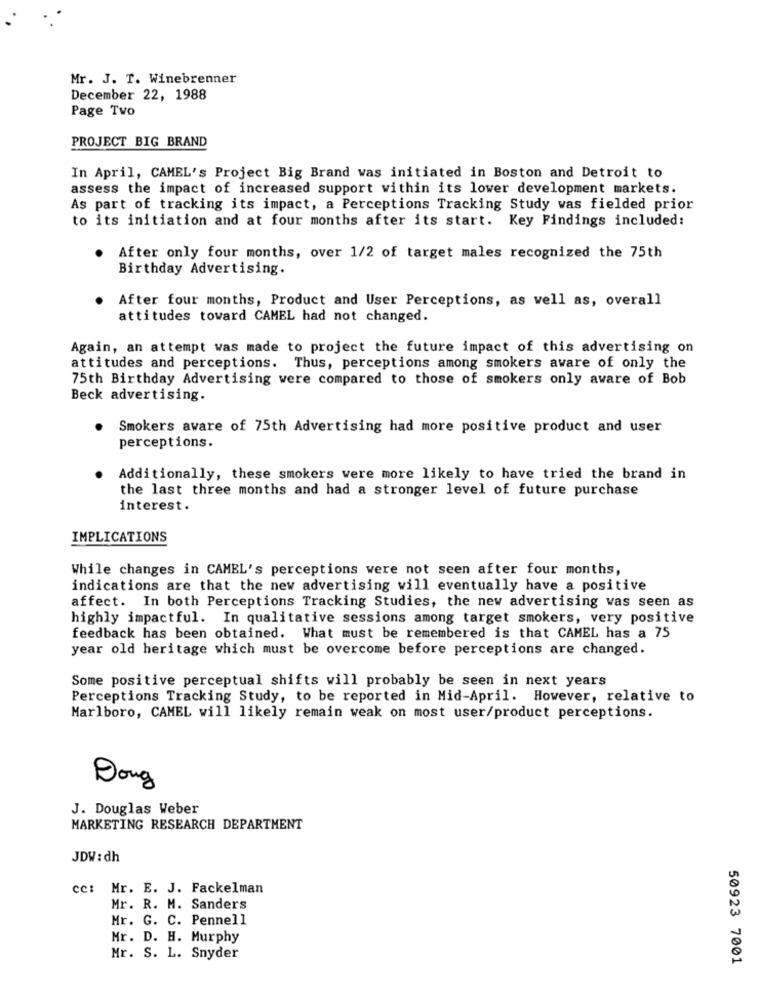
Mr. J. T. Winebrenner
December 22, 1988
Page Two
PROJECT BIG BRAND
In April, CAMEL's Project Big Brand was initiated in Boston and Detroit to
assess the impact of increased support within its lower development markets.
As part of tracking its impact, a Perceptions Tracking Study was fielded prior
to its initiation and at four months after its start. Key Findings included:
After only four months, over 1/2 of target males recognized the 75th
Birthday Advertising.
After four months, Product and User Perceptions, as well as, overall
attitudes toward CAMEL had not changed.
Again, an attempt was made to project the future impact of this advertising on
attitudes and perceptions. Thus, perceptions among smokers aware of only the
75th Birthday Advertising were compared to those of smokers only aware of Bob
Beck advertising.
Smokers aware of 75th Advertising had more positive product and user
perceptions.
Additionally, these smokers were more likely to have tried the brand in
the last three months and had a stronger level of future purchase
interest.
IMPLICATIONS
While changes in CAMEL's perceptions were not seen after four months,
indications are that the new advertising will eventually have a positive
affect. In both Perceptions Tracking Studies, the new advertising was seen as
highly impactful. In qualitative sessions among target smokers, very positive
feedback has been obtained. What must be remembered is that CAMEL has a 75
year old heritage which must be overcome before perceptions are changed.
Some positive perceptual shifts will probably be seen in next years
Perceptions Tracking Study, to be reported in Mid-April. However, relative to
Marlboro, CAMEL will likely remain weak on most user/product perceptions.
Doug
J. Douglas Weber
MARKETING RESEARCH DEPARTMENT
JDW : dh
cc:
Mr. E. J. Fackelman
Mr. R. M. Sanders
Mr. G. C. Pennell
Mr. D. H. Murphy
Mr. S. L. Snyder
50923 7001